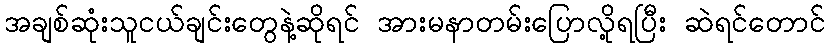
အချစ်ဆုံးသူငယ်ချင်းတွေနဲ့ဆိုရင် အားမနာတမ်းပြောလို့ရပြီး ဆဲရင်တောင်